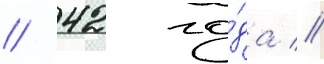
/ 42 го́да //